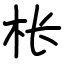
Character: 枨